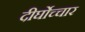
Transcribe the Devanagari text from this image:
दीर्घोच्चार